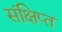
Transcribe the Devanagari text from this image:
संक्षिप्‍त